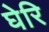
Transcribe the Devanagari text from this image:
घेरि